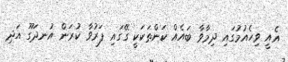
އެއީ ވިހެއުމުގައި ދިމާވާ ބައެއް ކަންތަކަކީ ގޭގައި ފަރުވާ ކުރަން އުނދަގޫ އަދި